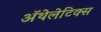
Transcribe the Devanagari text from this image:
ॲथेलेटिक्स